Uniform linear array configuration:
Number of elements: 24
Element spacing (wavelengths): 1
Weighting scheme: hamming
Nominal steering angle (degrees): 30
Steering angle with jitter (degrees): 30.117
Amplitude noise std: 0.05
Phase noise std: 0.05

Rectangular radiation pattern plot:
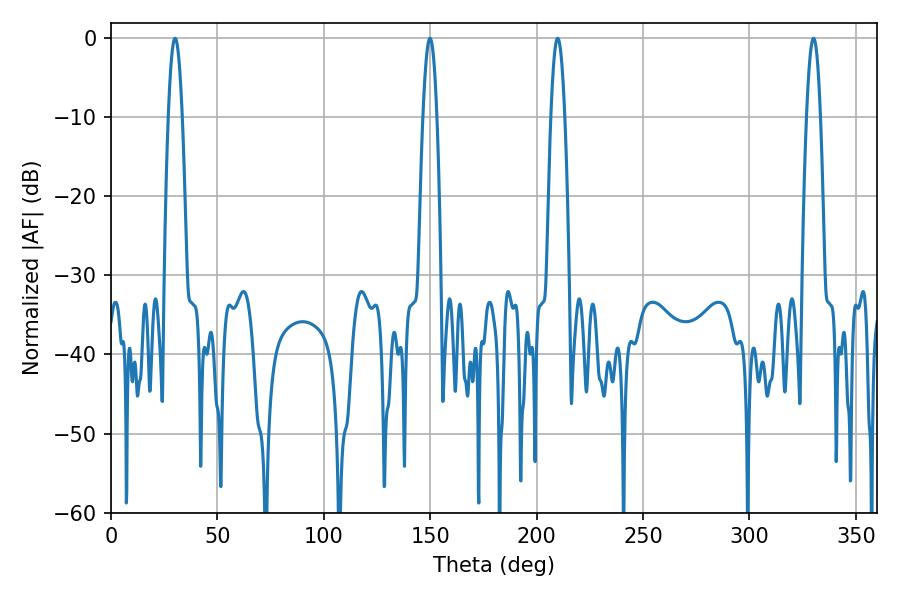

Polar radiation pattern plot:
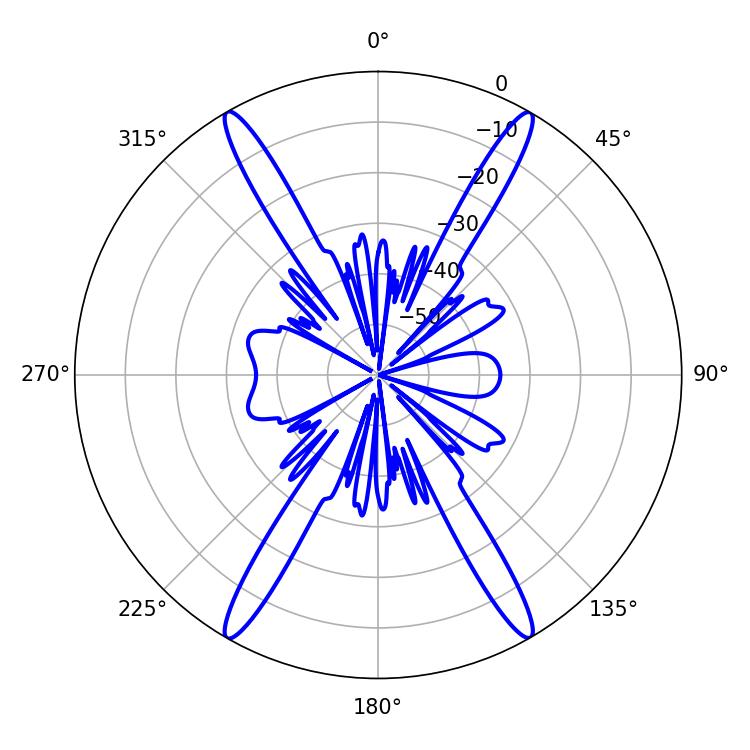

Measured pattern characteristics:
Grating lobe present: TRUE
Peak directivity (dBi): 35.135
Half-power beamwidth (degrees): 3.6
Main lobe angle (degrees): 209.88